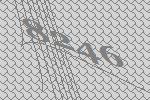
8246